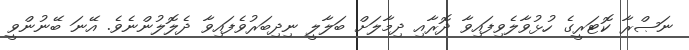
ނަޞްރާ ކޮޓަރީގެ ހުޅުވާލެވިފައިވާ ދޮރާއި ދިމާލަށް ބަލާލީ ނިދިބަރުވެފައިވާ ދެލޮލުންނެވެ. އޭނަ ބޭނުންވީ